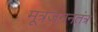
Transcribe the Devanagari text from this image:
मूत्रजननतंत्र